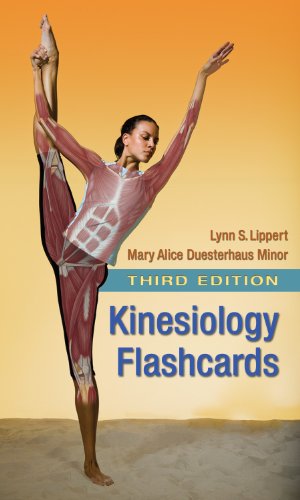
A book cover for Kinesiology Flashcards; Lynn S. Lippert PT  MS; Medical Books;